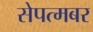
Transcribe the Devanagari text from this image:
सेपत्मबर